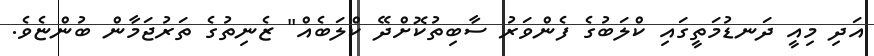
އަދި މިއީ ދަނޑުމަތީގައި ކްލަބުގެ ފެންވަރު ސާބިތުކޮށްދޭ ކްލަބެއް" ޒެނިތުގެ ތަރުޖަމާން ބުންޏެވެ.